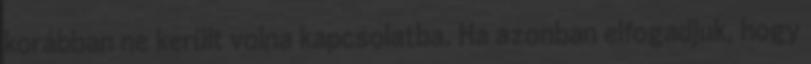
korábban ne került volna kapcsolatba. Ha azonban elfogadjuk, hogy